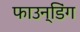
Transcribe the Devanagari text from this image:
फाउन्डिंग